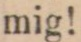
mig!